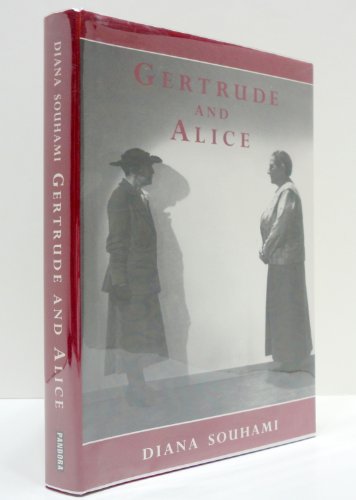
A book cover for Gertrude and Alice; Diana Souhami; Gay & Lesbian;